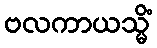
ဗလကာယသ္မိံ